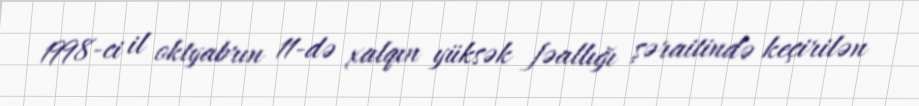
1998-ci il oktyabrın 11-də xalqın yüksək fəallığı şəraitində keçirilən